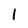
Character: l